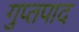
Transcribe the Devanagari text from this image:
गुप्तपाद